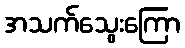
အသက်သွေးကြော